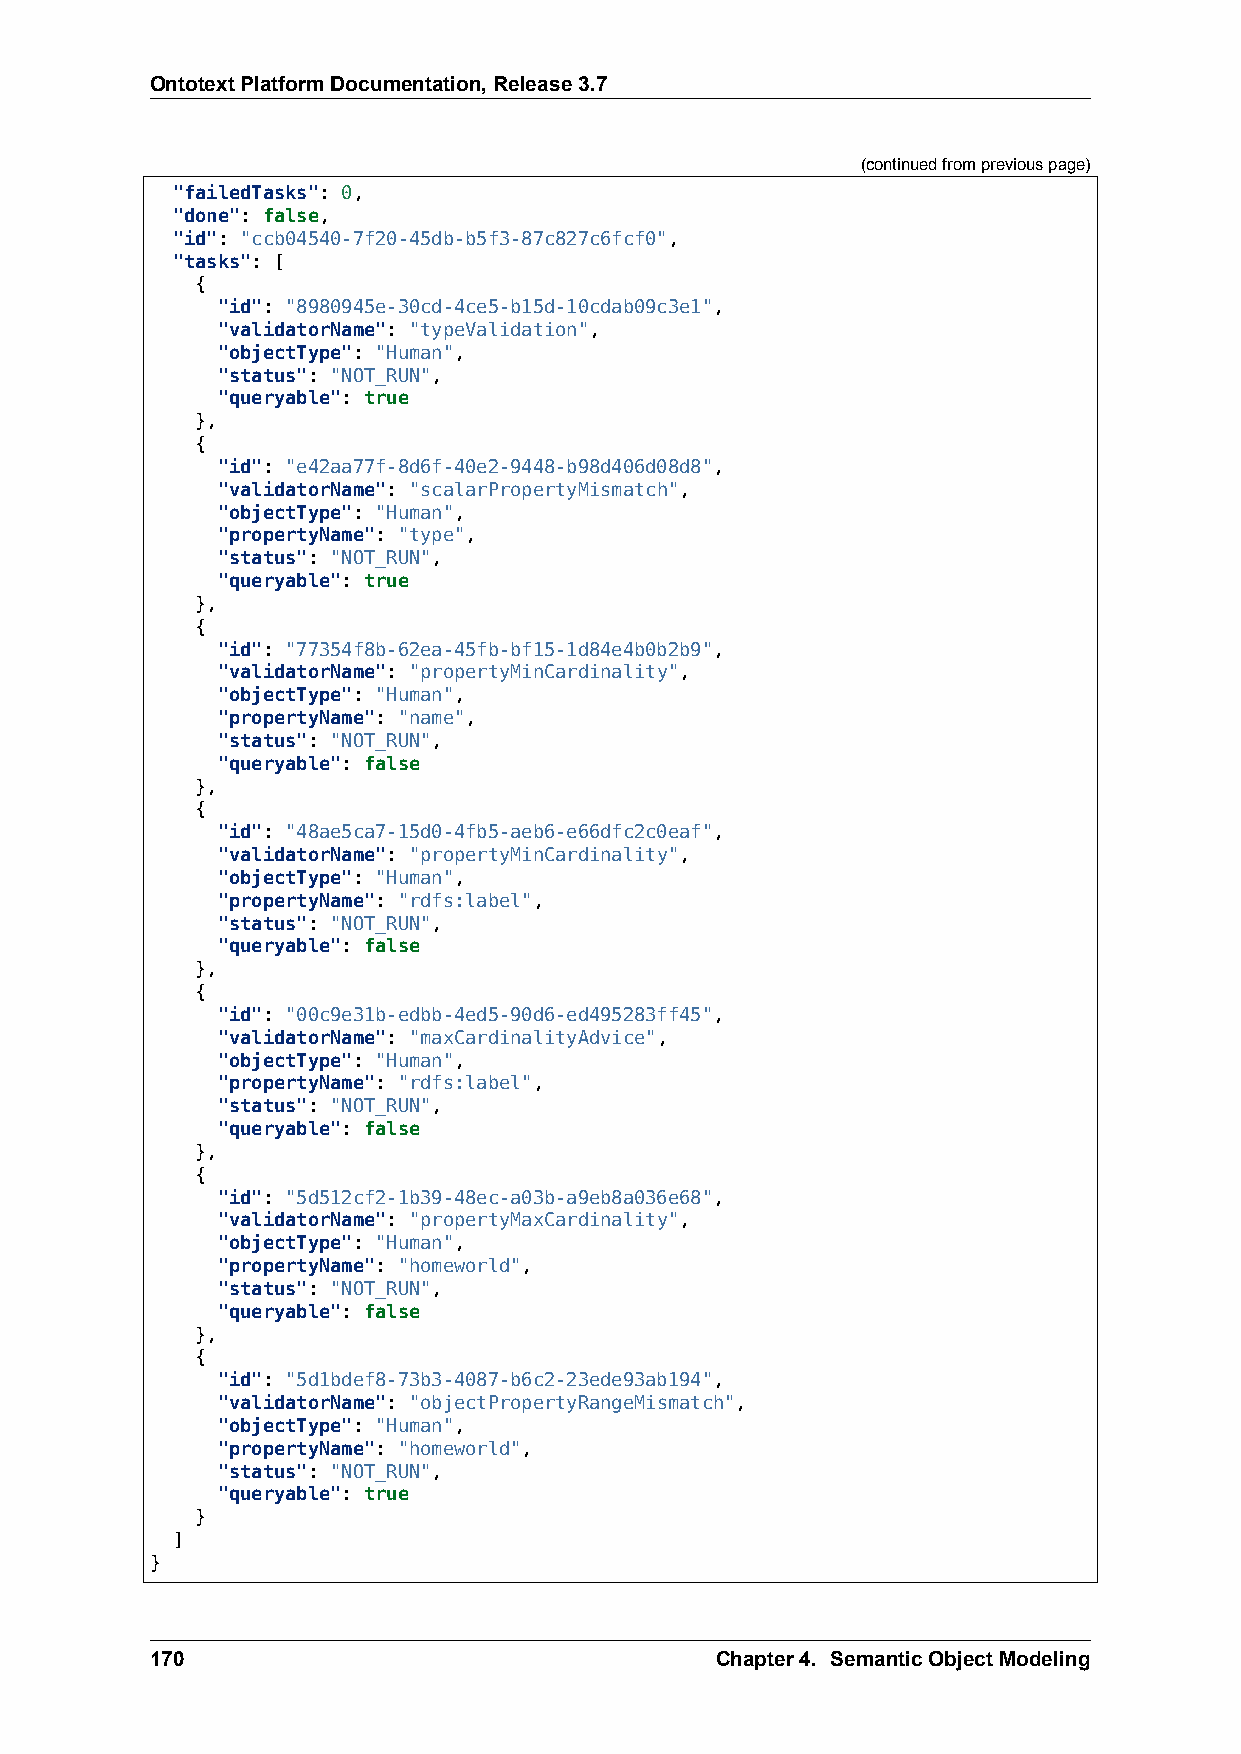
OntotextPlatformDocumentation,Release3.7
 (continuedfrompreviouspage)
 "failedTasks": 0,
 "done": false,
 "id": "ccb04540-7f20-45db-b5f3-87c827c6fcf0",
 "tasks": [
 {
 "id": "8980945e-30cd-4ce5-b15d-10cdab09c3e1",
 "validatorName": "typeValidation",
 "objectType": "Human",
 "status": "NOT_RUN",
 "queryable": true
 },
 {
 "id": "e42aa77f-8d6f-40e2-9448-b98d406d08d8",
 "validatorName": "scalarPropertyMismatch",
 "objectType": "Human",
 "propertyName": "type",
 "status": "NOT_RUN",
 "queryable": true
 },
 {
 "id": "77354f8b-62ea-45fb-bf15-1d84e4b0b2b9",
 "validatorName": "propertyMinCardinality",
 "objectType": "Human",
 "propertyName": "name",
 "status": "NOT_RUN",
 "queryable": false
 },
 {
 "id": "48ae5ca7-15d0-4fb5-aeb6-e66dfc2c0eaf",
 "validatorName": "propertyMinCardinality",
 "objectType": "Human",
 "propertyName": "rdfs:label",
 "status": "NOT_RUN",
 "queryable": false
 },
 {
 "id": "00c9e31b-edbb-4ed5-90d6-ed495283ff45",
 "validatorName": "maxCardinalityAdvice",
 "objectType": "Human",
 "propertyName": "rdfs:label",
 "status": "NOT_RUN",
 "queryable": false
 },
 {
 "id": "5d512cf2-1b39-48ec-a03b-a9eb8a036e68",
 "validatorName": "propertyMaxCardinality",
 "objectType": "Human",
 "propertyName": "homeworld",
 "status": "NOT_RUN",
 "queryable": false
 },
 {
 "id": "5d1bdef8-73b3-4087-b6c2-23ede93ab194",
 "validatorName": "objectPropertyRangeMismatch",
 "objectType": "Human",
 "propertyName": "homeworld",
 "status": "NOT_RUN",
 "queryable": true
 }
 ]
 }
 170                                  Chapter4. SemanticObjectModeling